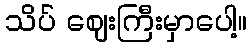
သိပ် ဈေးကြီးမှာပေါ့။